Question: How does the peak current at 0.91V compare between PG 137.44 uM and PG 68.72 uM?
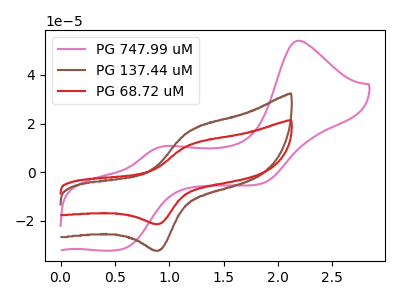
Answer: <think>The pink curve "PG 747.99 uM" has anodic peaks at (2.20V, 54.15uA) (0.95V, 10.70uA) and cathodic peaks at (0.60V, -31.40uA) (1.85V, -4.65uA). The brown curve "PG 137.44 uM" has an anodic peak at (1.20V, 17.05uA) and a cathodic peak at (0.90V, -32.15uA). The red curve "PG 68.72 uM" has an anodic peak at (1.20V, 11.30uA) and a cathodic peak at (0.90V, -21.30uA).</think>
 <answer>The peak at 0.91V is higher in "PG 137.44 uM" than in "PG 68.72 uM".</answer>
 <eval>higher</eval>